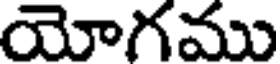
యోగము